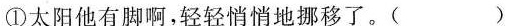
①太阳他有脚啊，轻轻悄悄地挪移了。( )